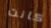
كانت